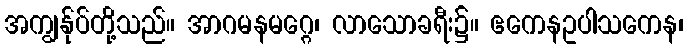
အကျွန်ုပ်တို့သည်။ အာဂမနမဂ္ဂေ၊ လာသောခရီး၌။ ဧကေနဥပါသကေန၊